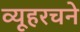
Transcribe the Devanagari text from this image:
व्यूहरचने